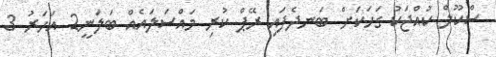
ސްކޫލް ކުއްޖަކު ގަހަކަށް ބަނދެފައި ރޭޕް ކުރި މައްސަލައެއް ބަލަނީ2 އަހަރު 3